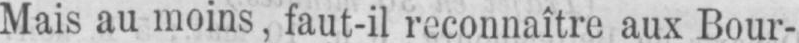
Mais au moins, faut-il reconnaître aux Bour-